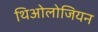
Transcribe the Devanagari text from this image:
थिओलोजियन